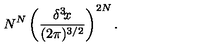
N ^ { N } \left( { \frac { \delta ^ { 3 } \! x } { ( 2 \pi ) ^ { 3 / 2 } } } \right) ^ { 2 N } .